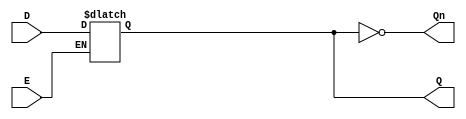
module gated_d_latch (
    input wire D,    // Data input
    input wire E,    // Enable input
    output reg Q,    // Output
    output wire Qn   // Complement of Q
);

// Internal variable to hold the state
always @(*) begin
    if (E) begin
        Q = D; // When E is high, Q follows D
    end
    // When E is low, Q retains its previous value (due to 'reg' type)
end

assign Qn = ~Q; // Complement of Q

endmodule